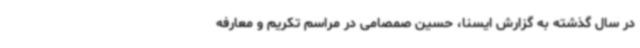
در سال گذشته به گزارش ایسنا، حسین صمصامی در مراسم تکریم و معارفه